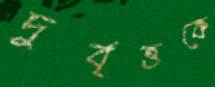
দুর্বৃত্তকে